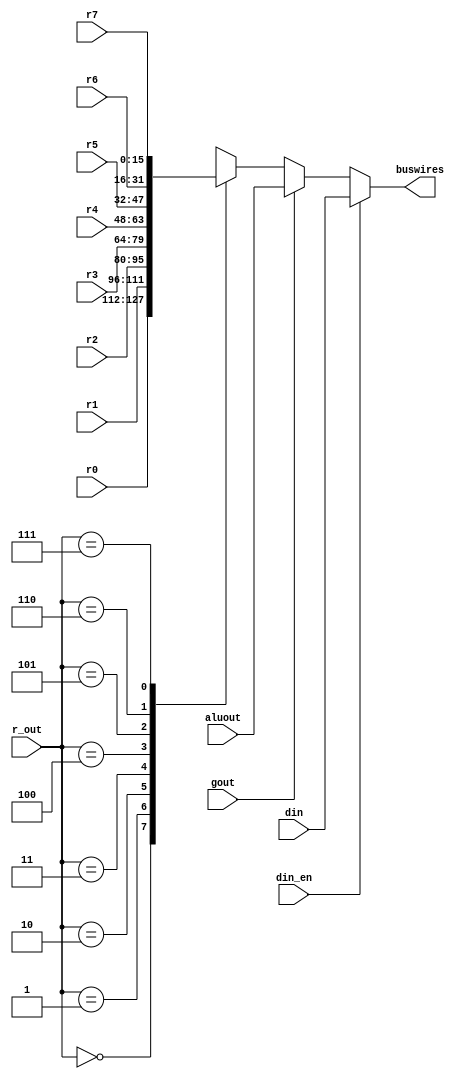
module multiplexer (din, r0, r1, r2, r3, r4, r5, r6, r7, aluout, r_out, din_en, gout, buswires);
	input [15:0] din, r0, r1, r2, r3, r4, r5, r6, r7, aluout;
	input [2:0] r_out;
	input din_en, gout;
	
	output [15:0] buswires;
	reg [15:0] buswires;

    always @(*) begin
        if (din_en) begin
            buswires = din;
        end else begin
            if (gout) begin
                buswires = aluout;
            end else begin
                case (r_out)
                    3'b000: buswires = r0;
                    3'b001: buswires = r1;
                    3'b010: buswires = r2;
                    3'b011: buswires = r3;
                    3'b100: buswires = r4;
                    3'b101: buswires = r5;
                    3'b110: buswires = r6;
                    3'b111: buswires = r7;
                    default: buswires = r0;
                endcase
            end
        end
    end

endmodule